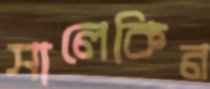
সালেকিন